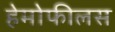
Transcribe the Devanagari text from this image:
हेमोफीलस